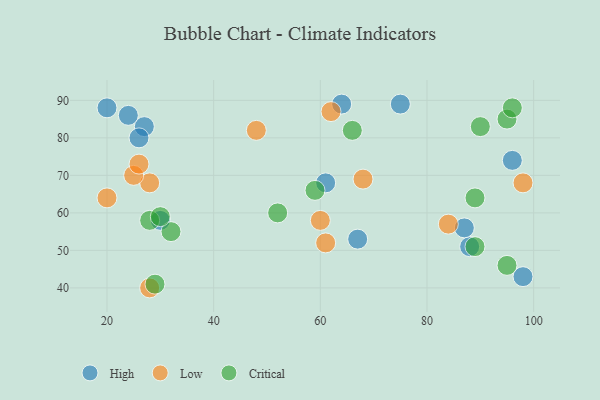
{"axis": {"x": "GDP", "y": "Life Expectancy"}, "legend": ["Critical", "High", "Low"], "data": [{"x": "98", "y": 43, "type": "High"}, {"x": "64", "y": 89, "type": "High"}, {"x": "88", "y": 51, "type": "High"}, {"x": "30", "y": 58, "type": "High"}, {"x": "27", "y": 83, "type": "High"}, {"x": "26", "y": 80, "type": "High"}, {"x": "20", "y": 88, "type": "High"}, {"x": "24", "y": 86, "type": "High"}, {"x": "96", "y": 74, "type": "High"}, {"x": "75", "y": 89, "type": "High"}, {"x": "87", "y": 56, "type": "High"}, {"x": "61", "y": 68, "type": "High"}, {"x": "67", "y": 53, "type": "High"}, {"x": "62", "y": 87, "type": "Low"}, {"x": "61", "y": 52, "type": "Low"}, {"x": "28", "y": 40, "type": "Low"}, {"x": "48", "y": 82, "type": "Low"}, {"x": "28", "y": 68, "type": "Low"}, {"x": "60", "y": 58, "type": "Low"}, {"x": "84", "y": 57, "type": "Low"}, {"x": "25", "y": 70, "type": "Low"}, {"x": "26", "y": 73, "type": "Low"}, {"x": "68", "y": 69, "type": "Low"}, {"x": "98", "y": 68, "type": "Low"}, {"x": "20", "y": 64, "type": "Low"}, {"x": "59", "y": 66, "type": "Critical"}, {"x": "28", "y": 58, "type": "Critical"}, {"x": "95", "y": 85, "type": "Critical"}, {"x": "52", "y": 60, "type": "Critical"}, {"x": "29", "y": 41, "type": "Critical"}, {"x": "89", "y": 51, "type": "Critical"}, {"x": "95", "y": 46, "type": "Critical"}, {"x": "89", "y": 64, "type": "Critical"}, {"x": "32", "y": 55, "type": "Critical"}, {"x": "30", "y": 59, "type": "Critical"}, {"x": "90", "y": 83, "type": "Critical"}, {"x": "66", "y": 82, "type": "Critical"}, {"x": "96", "y": 88, "type": "Critical"}]}